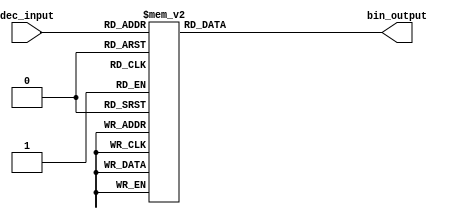
module DecimalToBinaryEncoder (
    input [3:0] dec_input,  // 4-bit input representing decimal digit (0-9)
    output reg [3:0] bin_output // 4-bit output representing binary equivalent
);

    always @(*) begin
        case (dec_input)
            4'b0000: bin_output = 4'b0000; // Decimal 0
            4'b0001: bin_output = 4'b0001; // Decimal 1
            4'b0010: bin_output = 4'b0010; // Decimal 2
            4'b0011: bin_output = 4'b0011; // Decimal 3
            4'b0100: bin_output = 4'b0100; // Decimal 4
            4'b0101: bin_output = 4'b0101; // Decimal 5
            4'b0110: bin_output = 4'b0110; // Decimal 6
            4'b0111: bin_output = 4'b0111; // Decimal 7
            4'b1000: bin_output = 4'b1000; // Decimal 8
            4'b1001: bin_output = 4'b1001; // Decimal 9
            default: bin_output = 4'b1111;  // Error output for invalid inputs (10-15)
        endcase
    end

endmodule